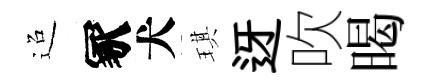
迢冢犬琪迓吹暍